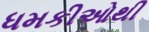
ધમકીઓથી